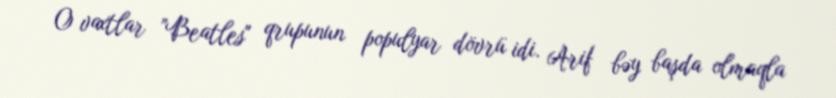
O vaxtlar ”Beatles" qrupunun populyar dövrü idi. Arif bəy başda olmaqla